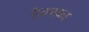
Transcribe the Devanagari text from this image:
रेचनका